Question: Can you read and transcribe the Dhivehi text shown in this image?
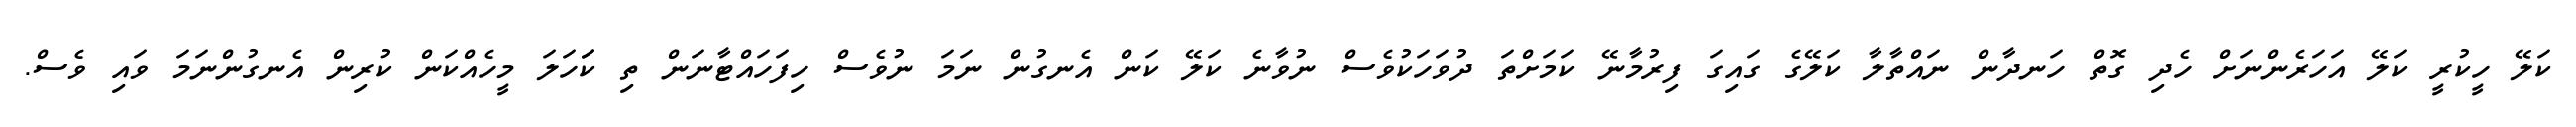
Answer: ކަލޭ ހީކުރީ ކަލޭ އަހަރެންނަށް ހެދި ގޮތް ހަނދާން ނައްތާލާ ކަލޭގެ ގައިގަ ފިރުމާނޭ ކަމަށްތަ ދުވަހަކުވެސް ނުވާނެ ކަލޭ ކަން އެނގުން ނަމަ ނުވެސް ހިފަހައްޓާނަން ތި ކަަހަލަ މީހެއްކަން ކުރިން އެނގުންނަމަ ވައި ވެސް.